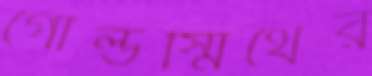
গোল্ডস্মিথের